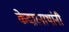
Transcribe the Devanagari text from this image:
केदारनाथांनी